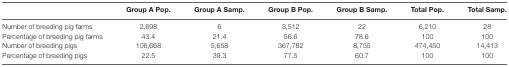
<table><thead><tr><td></td><td><b>Group A Pop.</b></td><td><b>Group A Samp.</b></td><td><b>Group B Pop.</b></td><td><b>Group B Samp.</b></td><td><b>Total Pop.</b></td><td><b>Total Samp.</b></td></tr></thead><tbody><tr><td>Number of breeding pig farms</td><td>2,698</td><td>6</td><td>3,512</td><td>22</td><td>6,210</td><td>28</td></tr><tr><td>Percentage of breeding pig farms</td><td>43.4</td><td>21.4</td><td>56.6</td><td>78.6</td><td>100</td><td>100</td></tr><tr><td>Number of breeding pigs</td><td>106,668</td><td>5,658</td><td>367,782</td><td>8,755</td><td>474,450</td><td>14,413</td></tr><tr><td>Percentage of breeding pigs</td><td>22.5</td><td>39.3</td><td>77.5</td><td>60.7</td><td>100</td><td>100</td></tr></tbody></table>